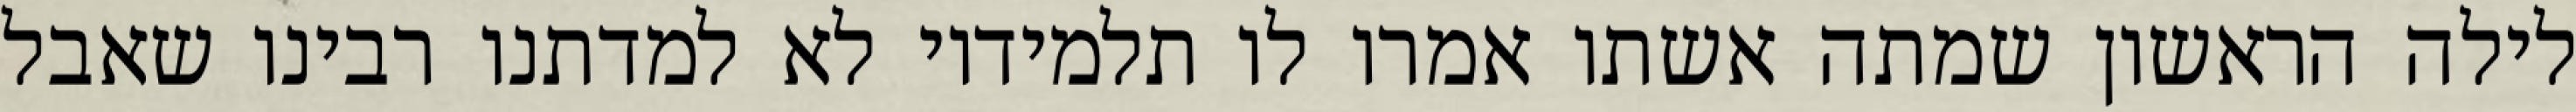
לילה הראשון שמתה אשתו אמרו לו תלמידיו לא למדתנו רבינו שאבל